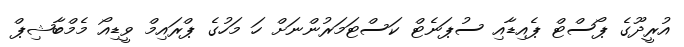
އުރީދޫގެ ޕޯސްޓް ޕެއިޑާއި ސުޕަނެޓް ކަސްޓަމަރުންނަށް ހަ މަހުގެ ޕްރައިމް ވީޑިއޯ މެމްބާޝިޕް